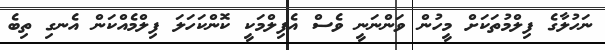
ނަހުލާގެ ފިލްމުތަކަށް މީހުން ވަންނަނީ ވެސް އެފިލްމަކީ ކޮންކަހަލަ ފިލްމެއްކަން އެނގި ތިބެ